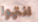
انتهوا